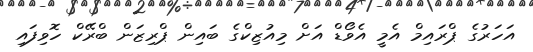
އަހަރުގެ ޕްރައިމް އެމީ އެވޯޑް އަށް މިއުޒިކްގެ ބައިން ޕްރިޒަން ބްރޭކް ހޮވިފައި